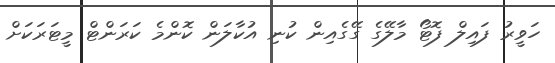
ހަވީރު ފައިލް ފޮޓޯ މާލޭގެ ގޭގެއިން ކުނި އުކާލަން ކޮންމެ ކަރަންޓް މީޓަރަކަށް